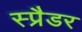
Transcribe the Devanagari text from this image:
स्प्रैडर